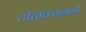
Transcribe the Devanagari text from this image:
टोळक्याकडे